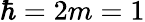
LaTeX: \hbar=2m=1